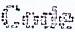
CODE